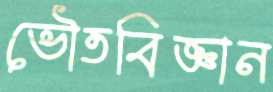
ভৌতবিজ্ঞান